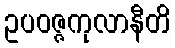
ဥပဝဇ္ဇကုလာနီတိ